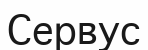
Сервус